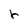
Character: r